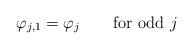
LaTeX: \begin{align*}\varphi_{j,1}=\varphi_{j}\qquad\mbox{for odd $j$}\end{align*}